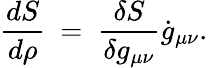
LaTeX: {\frac{dS}{d\rho}}~=~{\frac{\delta S}{\delta g_{\mu\nu}}}\dot{g}_{\mu\nu}.